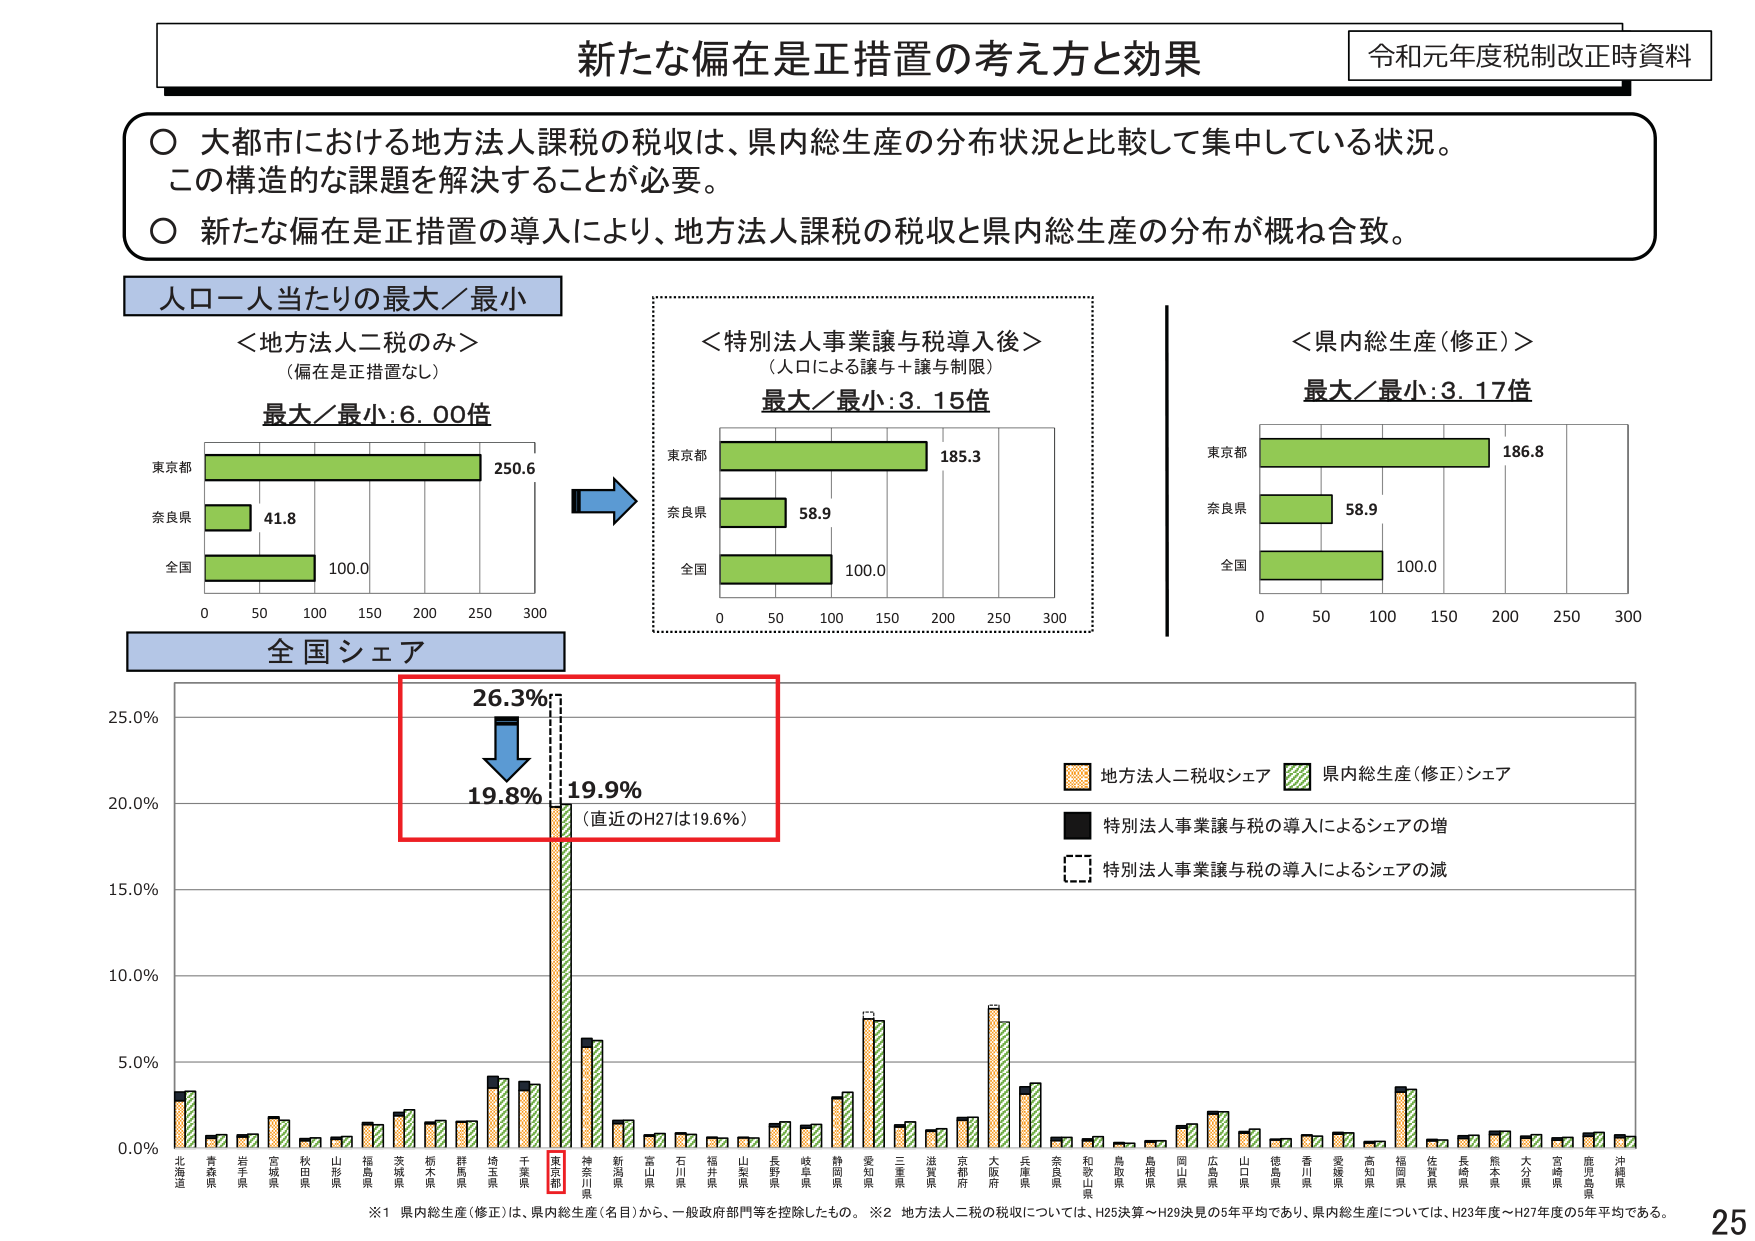
新たな偏在是正措置の考え方と効果
令和元年度税制改正時資料

○ 大都市における地方法人課税の税収は、県内総生産の分布状況と比較して集中している状況。
　この構造的な課題を解決することが必要。
○ 新たな偏在是正措置の導入により、地方法人課税の税収と県内総生産の分布が概ね合致。

人口一人当たりの最大／最小
＜地方法人二税のみ＞
（偏在是正措置なし）
最大／最小：6.00倍
東京都 250.6
奈良県 41.8
全国 100.0

＜特別法人事業譲与税導入後＞
（人口による譲与＋譲与制限）
最大／最小：3.15倍
東京都 185.3
奈良県 58.9
全国 100.0

＜県内総生産（修正）＞
最大／最小：3.17倍
東京都 186.8
奈良県 58.9
全国 100.0

全国シェア
26.3%
↓
19.8% 19.9%
（直近のH27は19.6%）

■ 地方法人二税収シェア
■ 県内総生産（修正）シェア
■ 特別法人事業譲与税の導入によるシェアの増
■ 特別法人事業譲与税の導入によるシェアの減

北海道 青森県 岩手県 宮城県 秋田県 山形県 福島県 茨城県 栃木県 群馬県 埼玉県 千葉県 東京都 神奈川県 新潟県 富山県 石川県 福井県 山梨県 長野県 岐阜県 静岡県 愛知県 三重県 滋賀県 京都府 大阪府 兵庫県 奈良県 和歌山県 鳥取県 島根県 岡山県 広島県 山口県 徳島県 香川県 愛媛県 高知県 福岡県 佐賀県 長崎県 熊本県 大分県 宮崎県 鹿児島県 沖縄県

※1 県内総生産（修正）は、県内総生産（名目）から、一般政府部門等を控除したもの。
※2 地方法人二税の税収については、H25決算～H29決算の5年平均であり、県内総生産については、H23年度～H27年度の5年平均である。

25